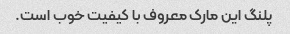
پلنگ این مارک معروف با کیفیت خوب است.